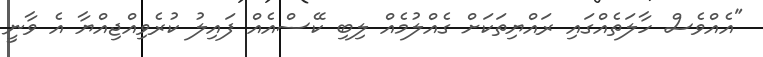
"އެއްވެސް ހާލަތެއްގައި ރައްޔިތަކަށް ގެއްލުމެއް ލިބި ކޭސްއެއް ފައިލު ކުރެވިއްޖިއްޔާ އެ ވާނީ